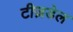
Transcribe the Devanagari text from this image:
टीज़डेल